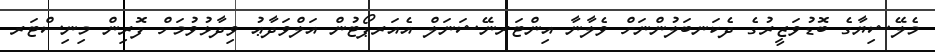
މެލޭޝިޔާގެ ބޮޑުވަޒީރުގެ ދެކަނބަލުންނަށް ވެލާނާ އިންޓަރނޭޝަނަލް އެއަރޕޯޓުން އަލްވަދާޢު ވިދާޅުވުމަށް ފޮރިން މިނިސްޓަރ